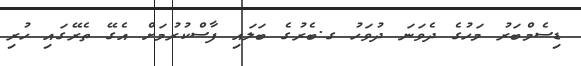
ޑިސެމްބަރު މަހުގެ ދެވަނަ ދުވަހު ގ.ބެރުގެ ބަލައި ފާސްކުރުމަށް އެގޭ ތެރޭގައި ހުރި